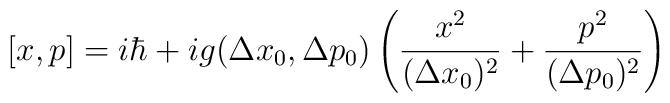
[x,p] = i\hbar + i g( \Delta x_{0}, \Delta p_{0})\left( \frac{x^2}{(\Delta x_{0})^2}+ \frac{p^2}{(\Delta p_{0})^2}\right)